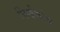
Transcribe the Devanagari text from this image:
निर्माणरंभ